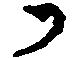
か